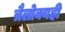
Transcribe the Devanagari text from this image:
त्रैलोक्यही